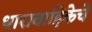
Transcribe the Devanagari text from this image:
धारावाहिकेचे